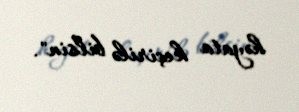
həyata keçirilə bilsin".